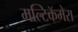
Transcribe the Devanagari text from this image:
मल्टिकॅमेरा